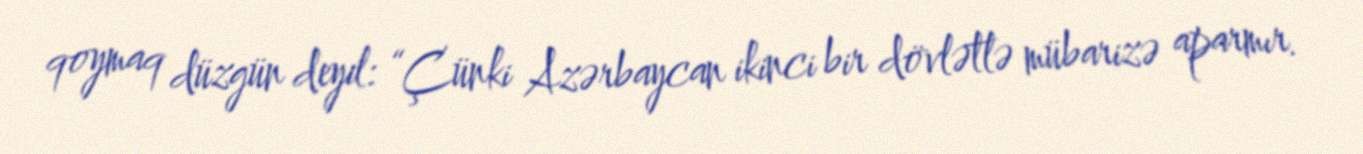
qoymaq düzgün deyil: “Çünki Azərbaycan ikinci bir dövlətlə mübarizə aparmır.